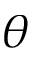
\theta